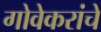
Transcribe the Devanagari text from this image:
गोवेकरांचे